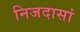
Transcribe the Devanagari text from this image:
निजदासां